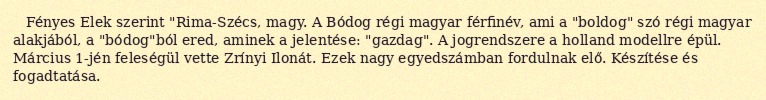
Fényes Elek szerint "Rima-Szécs, magy. A Bódog régi magyar férfinév, ami a "boldog" szó régi magyar alakjából, a "bódog"ból ered, aminek a jelentése: "gazdag". A jogrendszere a holland modellre épül. Március 1-jén feleségül vette Zrínyi Ilonát. Ezek nagy egyedszámban fordulnak elő. Készítése és fogadtatása.